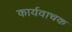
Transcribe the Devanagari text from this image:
कार्यवाचक